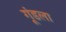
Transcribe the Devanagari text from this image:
गूंडला